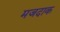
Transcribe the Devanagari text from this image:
मजदाक